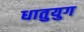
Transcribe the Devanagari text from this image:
धातुयुग